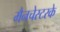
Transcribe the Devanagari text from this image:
मैनचेस्टरके